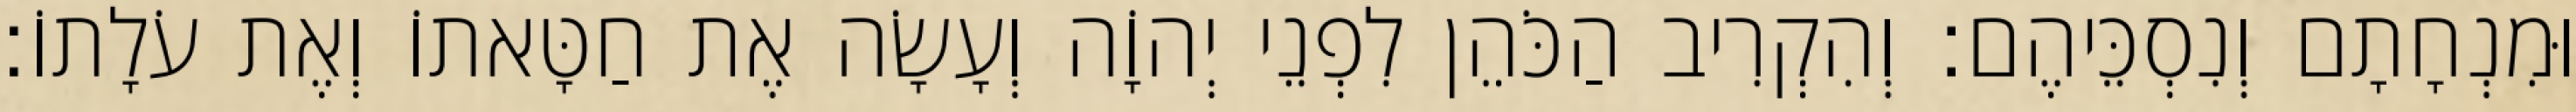
וּמִנְחָתָם וְנִסְכֵּיהֶם׃ וְהִקְרִיב הַכֹּהֵן לִפְנֵי יְהוָֹה וְעָשָׂה אֶת חַטָּאתוֹ וְאֶת עֹלָתוֹ׃